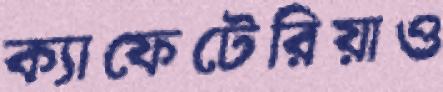
ক্যাফেটেরিয়াও